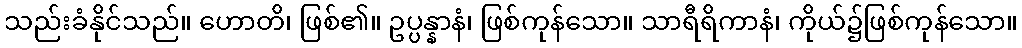
သည်းခံနိုင်သည်။ ဟောတိ၊ ဖြစ်၏။ ဥပ္ပန္နာနံ၊ ဖြစ်ကုန်သော။ သာရီရိကာနံ၊ ကိုယ်၌ဖြစ်ကုန်သော။